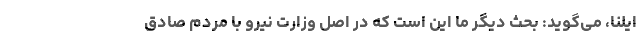
ایلنا، می‌گوید: بحث دیگر ما این است که در اصل وزارت نیرو با مردم صادق